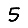
Digit: 5